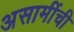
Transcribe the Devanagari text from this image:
असामींची